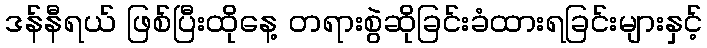
ဒန်နီရယ် ဖြစ်ပြီးထိုနေ့ တရားစွဲဆိုခြင်းခံထားရခြင်းများနှင့်